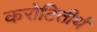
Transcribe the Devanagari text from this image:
करोटितीर्थ